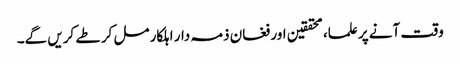
وقت آنے پر علما، محققین اور فغان ذمہ دار اہلکار مل کر طے کریں گے۔